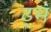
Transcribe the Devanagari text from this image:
ढ्म